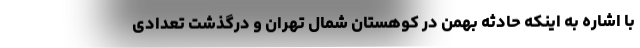
با اشاره به اینکه حادثه بهمن در کوهستان شمال تهران و درگذشت تعدادی